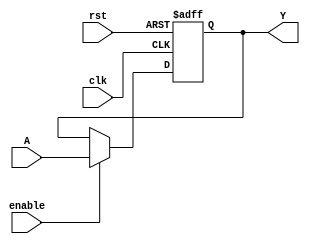
`timescale 1ns / 1ps
//////////////////////////////////////////////////////////////////////////////////
// Company: Tecnolgico de Costa Rica
//
// Design Name:
// Module Name: Register
// Project Name:
// Target Devices:
// Tool versions:
// Description:
//
// Dependencies:
//
// Revision:
// Revision 0.01 - File Created
// Additional Comments:
//
//////////////////////////////////////////////////////////////////////////////////
module Reg#(
	parameter Width = 16 //Largo de palabra
)
( 
	input wire clk,rst,enable,//clk,rst,habilitacin
	input wire [Width-1:0] A, //Entrada
	output wire [Width-1:0] Y //Salida
);

reg [Width-1:0] Data, Data_next;

always@(posedge clk, posedge rst)
	if(rst)
		Data <= {Width{1'b0}};//rst
	else
		Data <= Data_next;

always@*
begin
	Data_next = Data;//hold
	if(enable)
		Data_next = A;//load
end

assign Y = Data;

endmodule